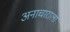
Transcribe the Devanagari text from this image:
अनाचाराला